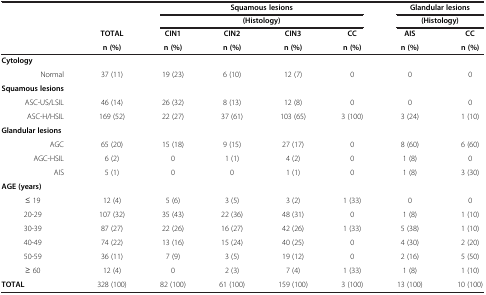
<table><thead><tr><td colspan="2"><b> </b></td><td colspan="4"><b>Squamous lesions</b></td><td colspan="2"><b>Glandular lesions</b></td></tr><tr><td colspan="2"><b> </b></td><td colspan="4"><b>(Histology)</b></td><td colspan="2"><b>(Histology)</b></td></tr><tr><td rowspan="2"><b> </b></td><td><b>TOTAL</b></td><td><b>CIN1</b></td><td><b>CIN2</b></td><td><b>CIN3</b></td><td><b>CC</b></td><td><b>AIS</b></td><td><b>CC</b></td></tr><tr><td><b>n (%)</b></td><td><b>n (%)</b></td><td><b>n (%)</b></td><td><b>n (%)</b></td><td><b>n (%)</b></td><td><b>n (%)</b></td><td><b>n (%)</b></td></tr></thead><tbody><tr><td><b>Cytology</b></td><td> </td><td> </td><td> </td><td> </td><td> </td><td> </td><td> </td></tr><tr><td>Normal</td><td>37 (11)</td><td>19 (23)</td><td>6 (10)</td><td>12 (7)</td><td>0</td><td>0</td><td>0</td></tr><tr><td><b>Squamous lesions</b></td><td> </td><td> </td><td> </td><td> </td><td> </td><td> </td><td> </td></tr><tr><td>ASC-US/LSIL</td><td>46 (14)</td><td>26 (32)</td><td>8 (13)</td><td>12 (8)</td><td>0</td><td>0</td><td>0</td></tr><tr><td>ASC-H/HSIL</td><td>169 (52)</td><td>22 (27)</td><td>37 (61)</td><td>103 (65)</td><td>3 (100)</td><td>3 (24)</td><td>1 (10)</td></tr><tr><td><b>Glandular lesions</b></td><td> </td><td> </td><td> </td><td> </td><td> </td><td> </td><td> </td></tr><tr><td>AGC</td><td>65 (20)</td><td>15 (18)</td><td>9 (15)</td><td>27 (17)</td><td>0</td><td>8 (60)</td><td>6 (60)</td></tr><tr><td>AGC-HSIL</td><td>6 (2)</td><td>0</td><td>1 (1)</td><td>4 (2)</td><td>0</td><td>1 (8)</td><td>0</td></tr><tr><td>AIS</td><td>5 (1)</td><td>0</td><td>0</td><td>1 (1)</td><td>0</td><td>1 (8)</td><td>3 (30)</td></tr><tr><td><b>AGE (years)</b></td><td> </td><td> </td><td> </td><td> </td><td> </td><td> </td><td> </td></tr><tr><td>≤ 19</td><td>12 (4)</td><td>5 (6)</td><td>3 (5)</td><td>3 (2)</td><td>1 (33)</td><td>0</td><td>0</td></tr><tr><td>20-29</td><td>107 (32)</td><td>35 (43)</td><td>22 (36)</td><td>48 (31)</td><td>0</td><td>1 (8)</td><td>1 (10)</td></tr><tr><td>30-39</td><td>87 (27)</td><td>22 (26)</td><td>16 (27)</td><td>42 (26)</td><td>1 (33)</td><td>5 (38)</td><td>1 (10)</td></tr><tr><td>40-49</td><td>74 (22)</td><td>13 (16)</td><td>15 (24)</td><td>40 (25)</td><td>0</td><td>4 (30)</td><td>2 (20)</td></tr><tr><td>50-59</td><td>36 (11)</td><td>7 (9)</td><td>3 (5)</td><td>19 (12)</td><td>0</td><td>2 (16)</td><td>5 (50)</td></tr><tr><td>≥ 60</td><td>12 (4)</td><td>0</td><td>2 (3)</td><td>7 (4)</td><td>1 (33)</td><td>1 (8)</td><td>1 (10)</td></tr><tr><td><b>TOTAL</b></td><td>328 (100)</td><td>82 (100)</td><td>61 (100)</td><td>159 (100)</td><td>3 (100)</td><td>13 (100)</td><td>10 (100)</td></tr></tbody></table>